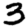
Digit: 3